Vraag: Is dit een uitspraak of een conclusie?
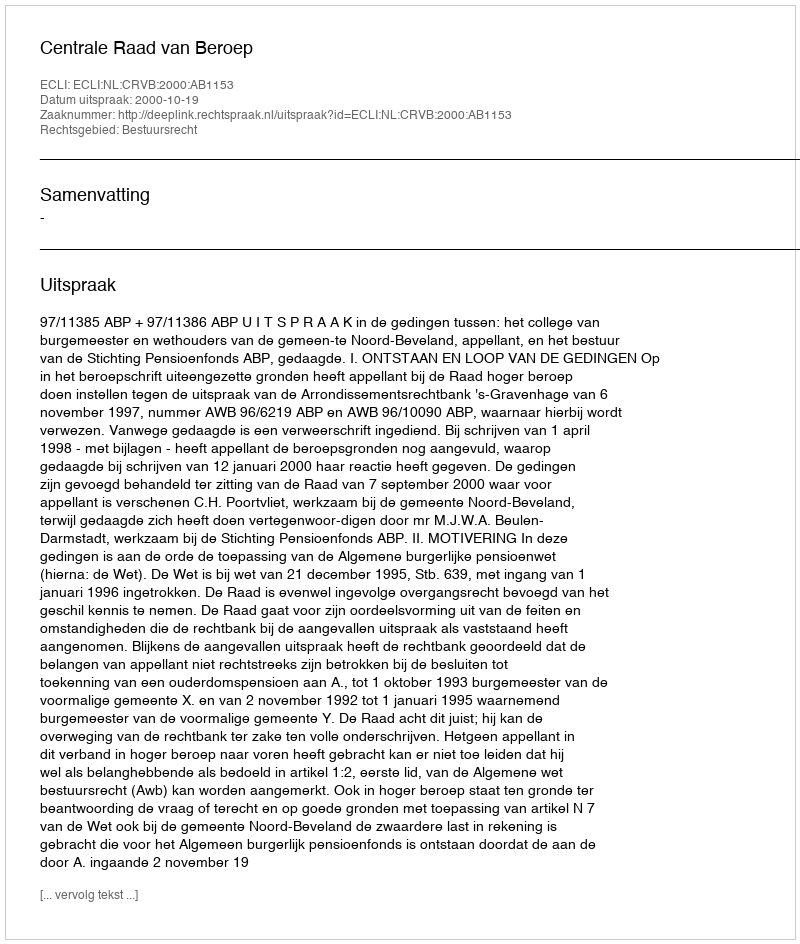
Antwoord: Uitspraak